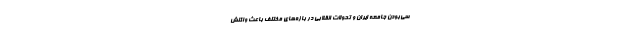
سی‌بودن جامعه ایران و تحولات انقلابی در بازه‌های مختلف باعث واکنش